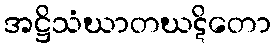
အဋ္ဌိသံဃာတဃဋိတော